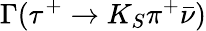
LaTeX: \Gamma(\tau^{+}\to K_{S}\pi^{+}\bar{\nu})